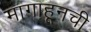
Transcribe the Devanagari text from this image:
मागाहूनची